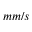
m m / s